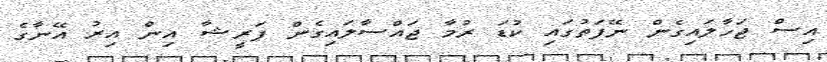
އިސް ޖަހާލައިގެން ނޭފަތުގައި ކުޑަ ރުމާ ޖައްސާލައިގެން ފަރީޝާ އިން އިރު އޭނާގެ